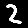
Digit: 2